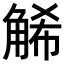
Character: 𧣩